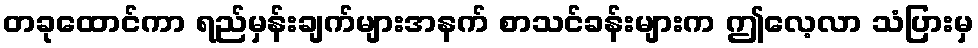
တခုထောင်ကာ ရည်မှန်းချက်များအနက် စာသင်ခန်းများက ဤလေ့လာ သံပြားမှ